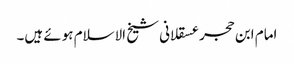
امام ابن حجر عسقلانی شیخ الاسلام ہوئے ہیں۔